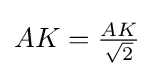
AK={\tfrac {AK}{\sqrt {2}}}